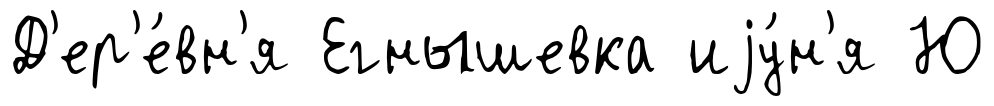
Д'ер'е́вн'я Егнышевка иjу́н'я Ю